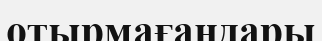
отырмағандары